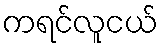
ကရင်လူငယ်